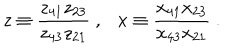
z \equiv \frac { z _ { 4 1 } z _ { 2 3 } } { z _ { 4 3 } z _ { 2 1 } } ~ , x \equiv \frac { x _ { 4 1 } x _ { 2 3 } } { x _ { 4 3 } x _ { 2 1 } } ~ .